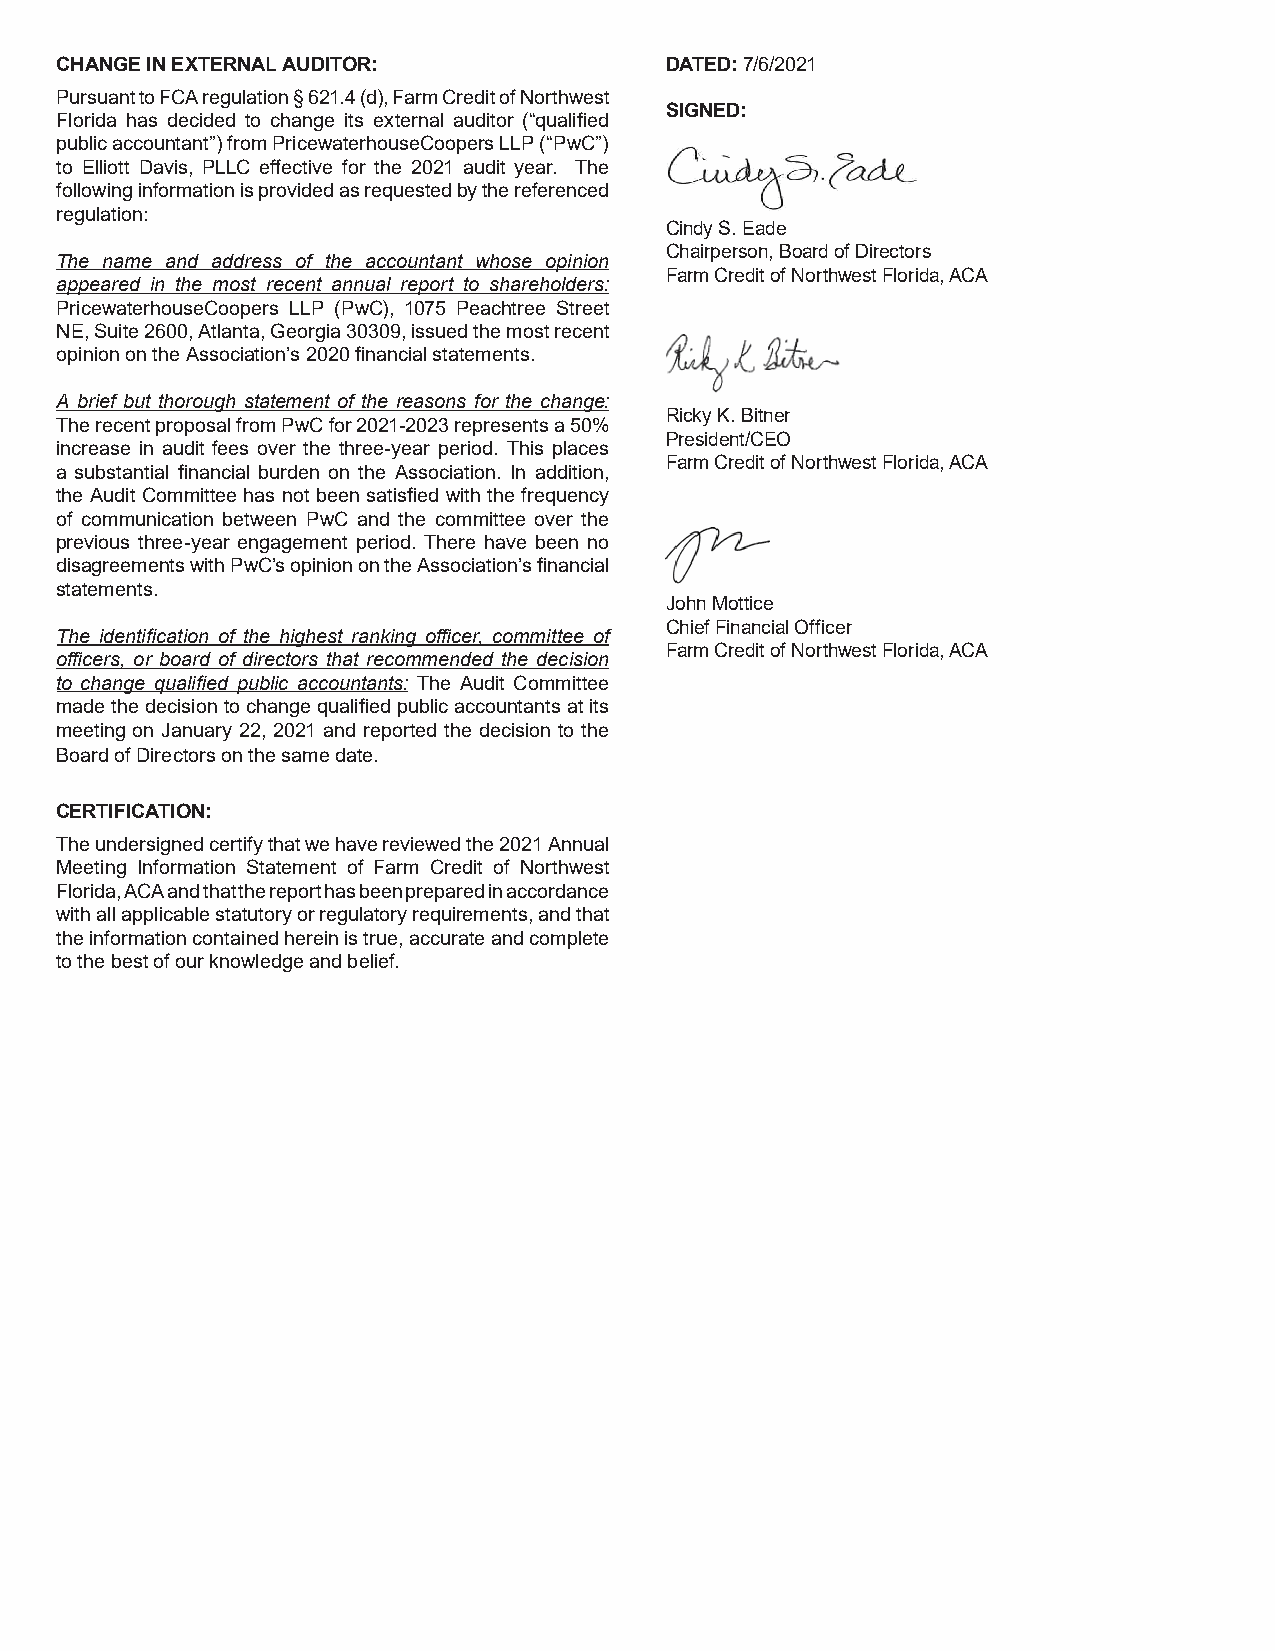
CHANGE IN EXTERNAL AUDITOR:             DATED: 7/6/2021
 Pursuant to FCA regulation § 621.4 (d), Farm Credit of Northwest
 SIGNED:
 Florida has decided to change its external auditor (“qualified
 public accountant”) from PricewaterhouseCoopers LLP (“PwC”)
 to Elliott Davis, PLLC effective for the 2021 audit year. The
 following information is provided as requested by the referenced
 regulation:
 Cindy S. Eade
 Chairperson, Board of Directors
 The name and address of the accountant whose opinion
 Farm Credit of Northwest Florida, ACA
 appeared in the most recent annual report to shareholders:
 PricewaterhouseCoopers LLP (PwC), 1075 Peachtree Street
 NE, Suite 2600, Atlanta, Georgia 30309, issued the most recent
 opinion on the Association’s 2020 financial statements.
 A brief but thorough statement of the reasons for the change:
 Ricky K. Bitner
 The recent proposal from PwC for 2021-2023 represents a 50%
 President/CEO
 increase in audit fees over the three-year period. This places
 Farm Credit of Northwest Florida, ACA
 a substantial financial burden on the Association. In addition,
 the Audit Committee has not been satisfied with the frequency
 of communication between PwC and the committee over the
 previous three-year engagement period. There have been no
 disagreements with PwC’s opinion on the Association’s financial
 statements.
 John Mottice
 Chief Financial Officer
 The identification of the highest ranking officer, committee of
 Farm Credit of Northwest Florida, ACA
 officers, or board of directors that recommended the decision
 to change qualified public accountants: The Audit Committee
 made the decision to change qualified public accountants at its
 meeting on January 22, 2021 and reported the decision to the
 Board of Directors on the same date.
 CERTIFICATION:
 The undersigned certify that we have reviewed the 2021 Annual
 Meeting Information Statement of Farm Credit of Northwest
 Florida, ACA and that the report has been prepared in accordance
 with all applicable statutory or regulatory requirements, and that
 the information contained herein is true, accurate and complete
 to the best of our knowledge and belief.